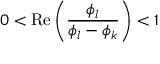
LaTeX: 0 < \mathrm { R e } \left( \frac { \phi _ { l } } { \phi _ { l } - \phi _ { k } } \right) < 1